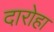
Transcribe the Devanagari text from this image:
दारोहा